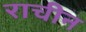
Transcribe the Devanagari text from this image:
राचीन